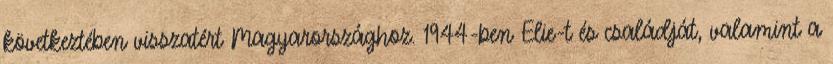
következtében visszatért Magyarországhoz. 1944-ben Elie-t és családját, valamint a